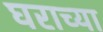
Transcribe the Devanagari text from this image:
घराच्‍या